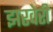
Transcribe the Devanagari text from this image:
झरवेरी